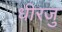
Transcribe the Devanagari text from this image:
धीरजु